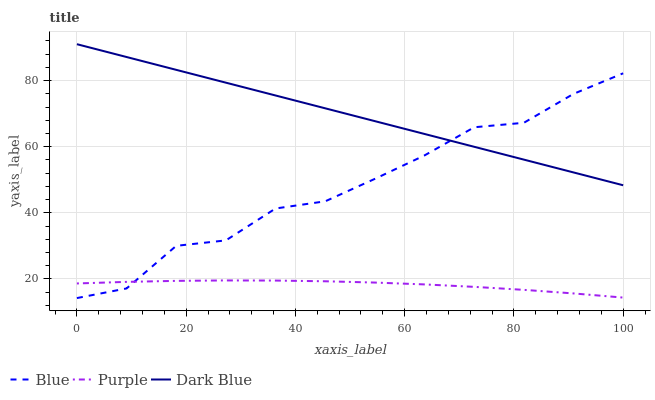
| xaxis_label | Blue | Purple | Dark Blue |
 | --- | --- | --- | --- |
 | 0 | 14.2 | 18.6 | 91 |
 | 9.09 | 17.1 | 19.1 | 87.1 |
 | 18.2 | 30 | 19.4 | 83.2 |
 | 27.3 | 31.7 | 19.5 | 79.4 |
 | 36.4 | 41.3 | 19.5 | 75.5 |
 | 45.5 | 43.5 | 19.3 | 71.6 |
 | 54.5 | 50.3 | 18.9 | 67.7 |
 | 63.6 | 57.4 | 18.3 | 63.8 |
 | 72.7 | 65.9 | 17.6 | 60 |
 | 81.8 | 67.2 | 16.7 | 56.1 |
 | 90.9 | 76 | 15.6 | 52.2 |
 | 100 | 82.2 | 14.4 | 48.3 |